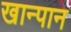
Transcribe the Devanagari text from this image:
खान्पान